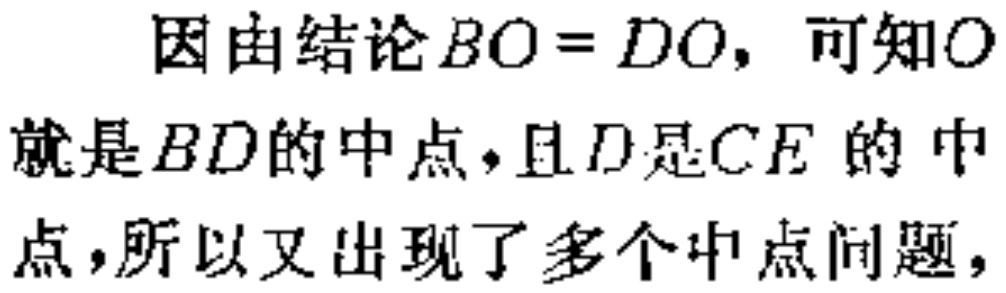
因由结论\(BO = DO\)，可知\(O\)就是\(BD\)的中点，且\(D\)是\(CE\)的中点，所以又出现了多个中点问题，